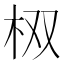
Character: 𮲮